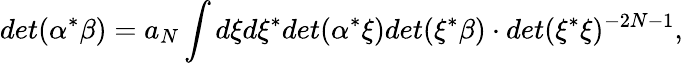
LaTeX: det(\alpha^{*}\beta)=a_{N}\int d\xi d\xi^{*}det(\alpha^{*}\xi)det(\xi^{*}\beta)\cdot det(\xi^{*}\xi)^{-2N-1},